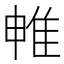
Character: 𨾡